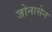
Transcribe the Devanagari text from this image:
जोनासेन